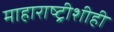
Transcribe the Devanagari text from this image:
माहाराष्ट्रीशीही